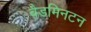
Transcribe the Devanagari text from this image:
बैडमिनटन